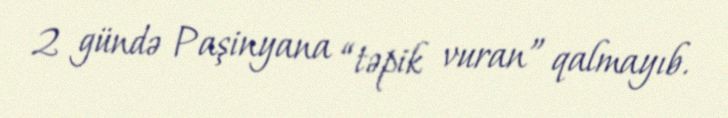
2 gündə Paşinyana “təpik vuran” qalmayıb.